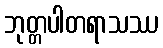
ဘုတ္တပါတရာသဿ